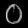
Digit: ၀